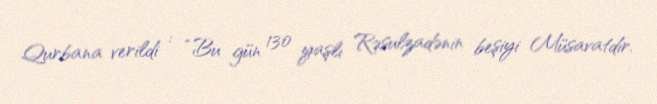
Qurbana verildi : “Bu gün 130 yaşlı Rəsulzadənin beşiyi Müsavatdır.